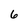
Character: 6